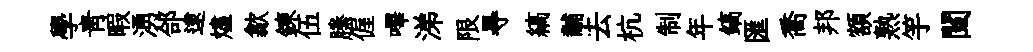
學靑暇湧郃逮燼歙鍊伍縢偓嗶涕限㝵縞黼去杭制年鎬匯喬邦額熟竽闉